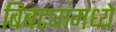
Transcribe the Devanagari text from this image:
बिबट्यांमध्ये